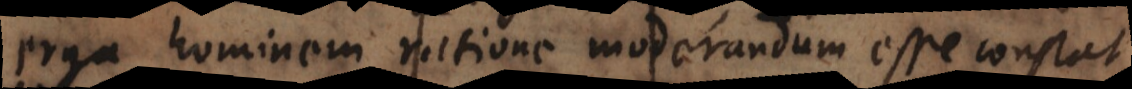
erga hominem ratione moderandum esse constat,